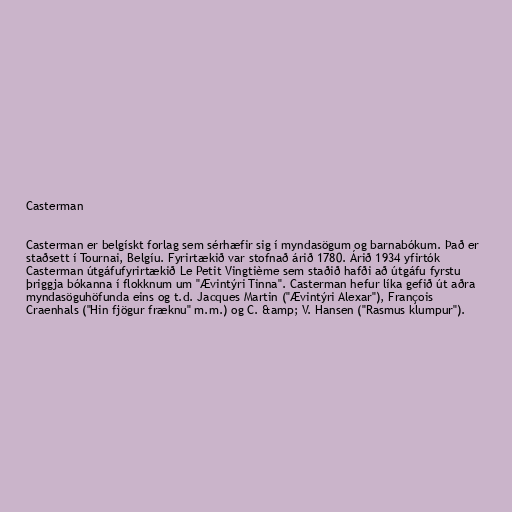
Casterman

Casterman er belgískt forlag sem sérhæfir sig í myndasögum og barnabókum. Það er
staðsett í Tournai, Belgíu. Fyrirtækið var stofnað árið 1780. Árið 1934 yfirtók
Casterman útgáfufyrirtækið Le Petit Vingtième sem staðið hafði að útgáfu fyrstu
þriggja bókanna í flokknum um "Ævintýri Tinna". Casterman hefur líka gefið út aðra
myndasöguhöfunda eins og t.d. Jacques Martin ("Ævintýri Alexar"), François
Craenhals ("Hin fjögur fræknu" m.m.) og C. &amp; V. Hansen ("Rasmus klumpur").